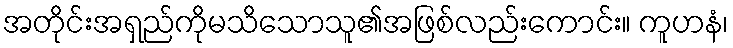
အတိုင်းအရှည်ကိုမသိသောသူ၏အဖြစ်လည်းကောင်း။ ကူဟနံ၊